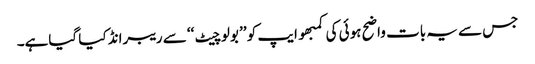
جس سے یہ بات واضح ہوئی کی کمبھو ایپ کو ’’ بولو چیٹ ‘‘ سے ریبرانڈ کیا گیاہے۔